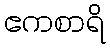
ဧကစာရိ